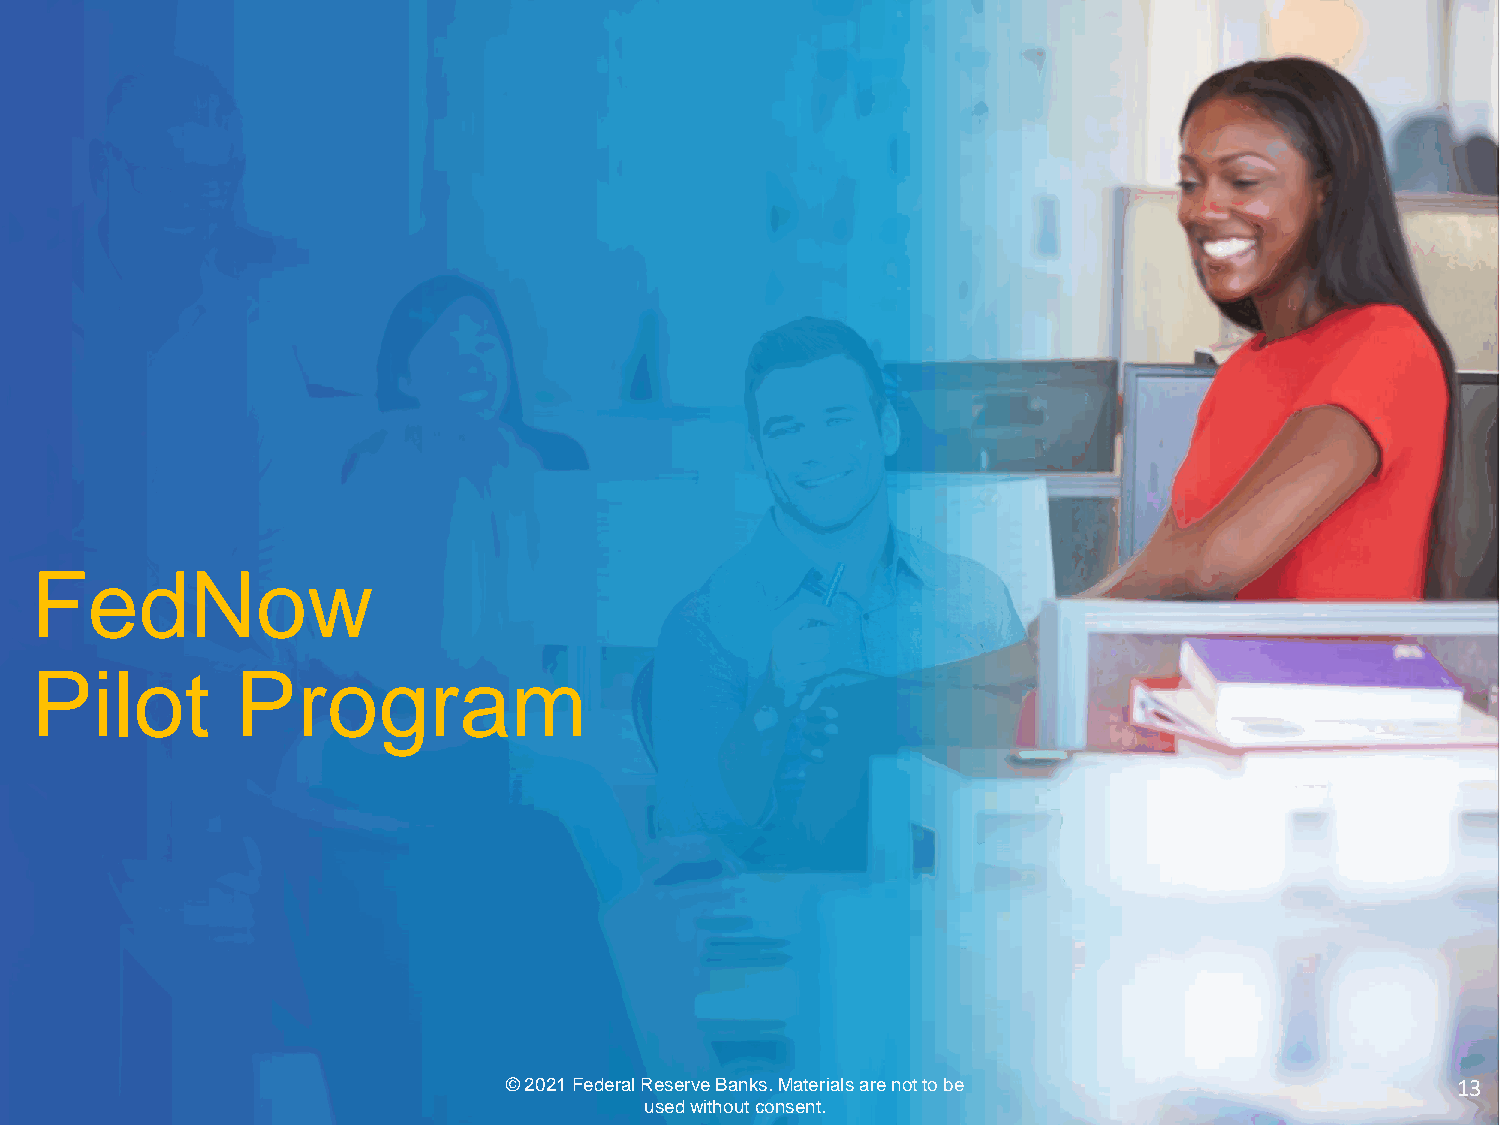
FedNow
 Pilot         Program
 © 2021 Federal Reserve Banks. Materials are not to be          13
 used without consent.